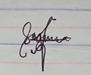
Signature authenticity: genuine